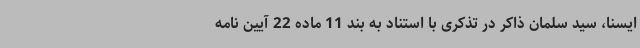
ایسنا، سید سلمان ذاکر در تذکری با استناد به بند 11 ماده 22 آیین نامه